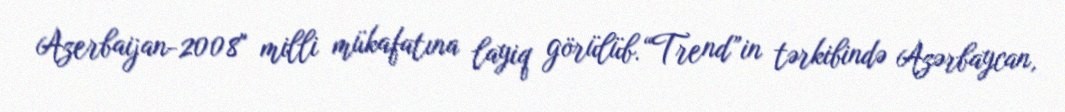
Azerbaijan-2008" milli mükafatına layiq görülüb.“Trend”in tərkibində Azərbaycan,